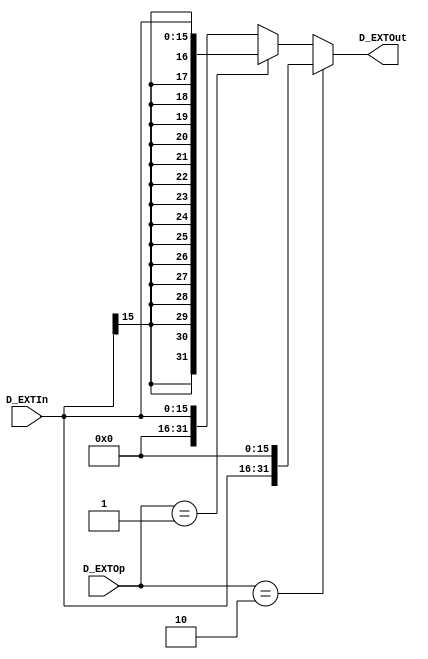
module D_EXT (
    input  [15:0] D_EXTIn,
    input  [ 1:0] D_EXTOp,
    output [31:0] D_EXTOut
);


    assign D_EXTOut = (D_EXTOp == 2'b10) ?            {D_EXTIn, 16'h00} : // lui
                      (D_EXTOp == 2'b01) ? {{16{D_EXTIn[15]}}, D_EXTIn} : // sign_ext
                                                  {{16{1'b0}}, D_EXTIn} ; // zero_ext


endmodule